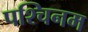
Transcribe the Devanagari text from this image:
पश्चिनम